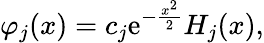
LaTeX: \varphi_{j}(x)=c_{j}\mathrm{e}^{-\frac{x^{2}}{2}}H_{j}(x),